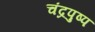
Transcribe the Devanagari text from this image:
चंद्रपुष्प